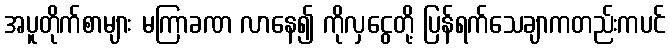
အပူတိုက်စာများ မကြာခဏ လာနေ၍ ကိုလှငွေတို့ ပြန်ရက်သေချာကတည်းကပင်